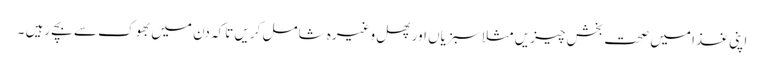
اپنی غذا میں صحت بخش چیزیں مثلا سبزیاں اور پھل وغیرہ شامل کریں تاکہ دن میں بھوک سے بچے رہیں ۔